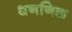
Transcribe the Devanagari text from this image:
धननिळ